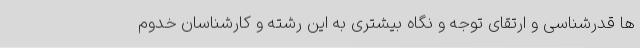
ها قدرشناسی و ارتقای توجه و نگاه بیشتری به این رشته و کارشناسان خدوم